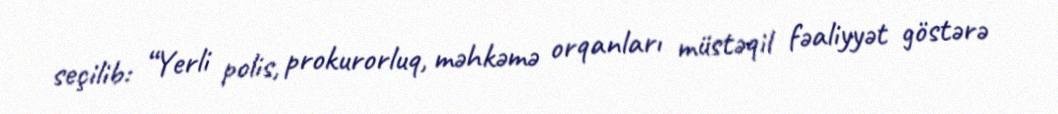
seçilib: “Yerli polis, prokurorluq, məhkəmə orqanları müstəqil fəaliyyət göstərə